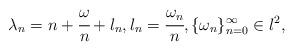
LaTeX: \begin{align*} \lambda_n = n + \cfrac{\omega}{n} + l_n, l_n = \cfrac{\omega_n}{n}, \{\omega_n\}_{n=0}^\infty \in l^2,\end{align*}